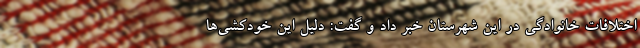
اختلافات خانوادگی در این شهرستان خبر داد و گفت: دلیل این خودکشی‌ها